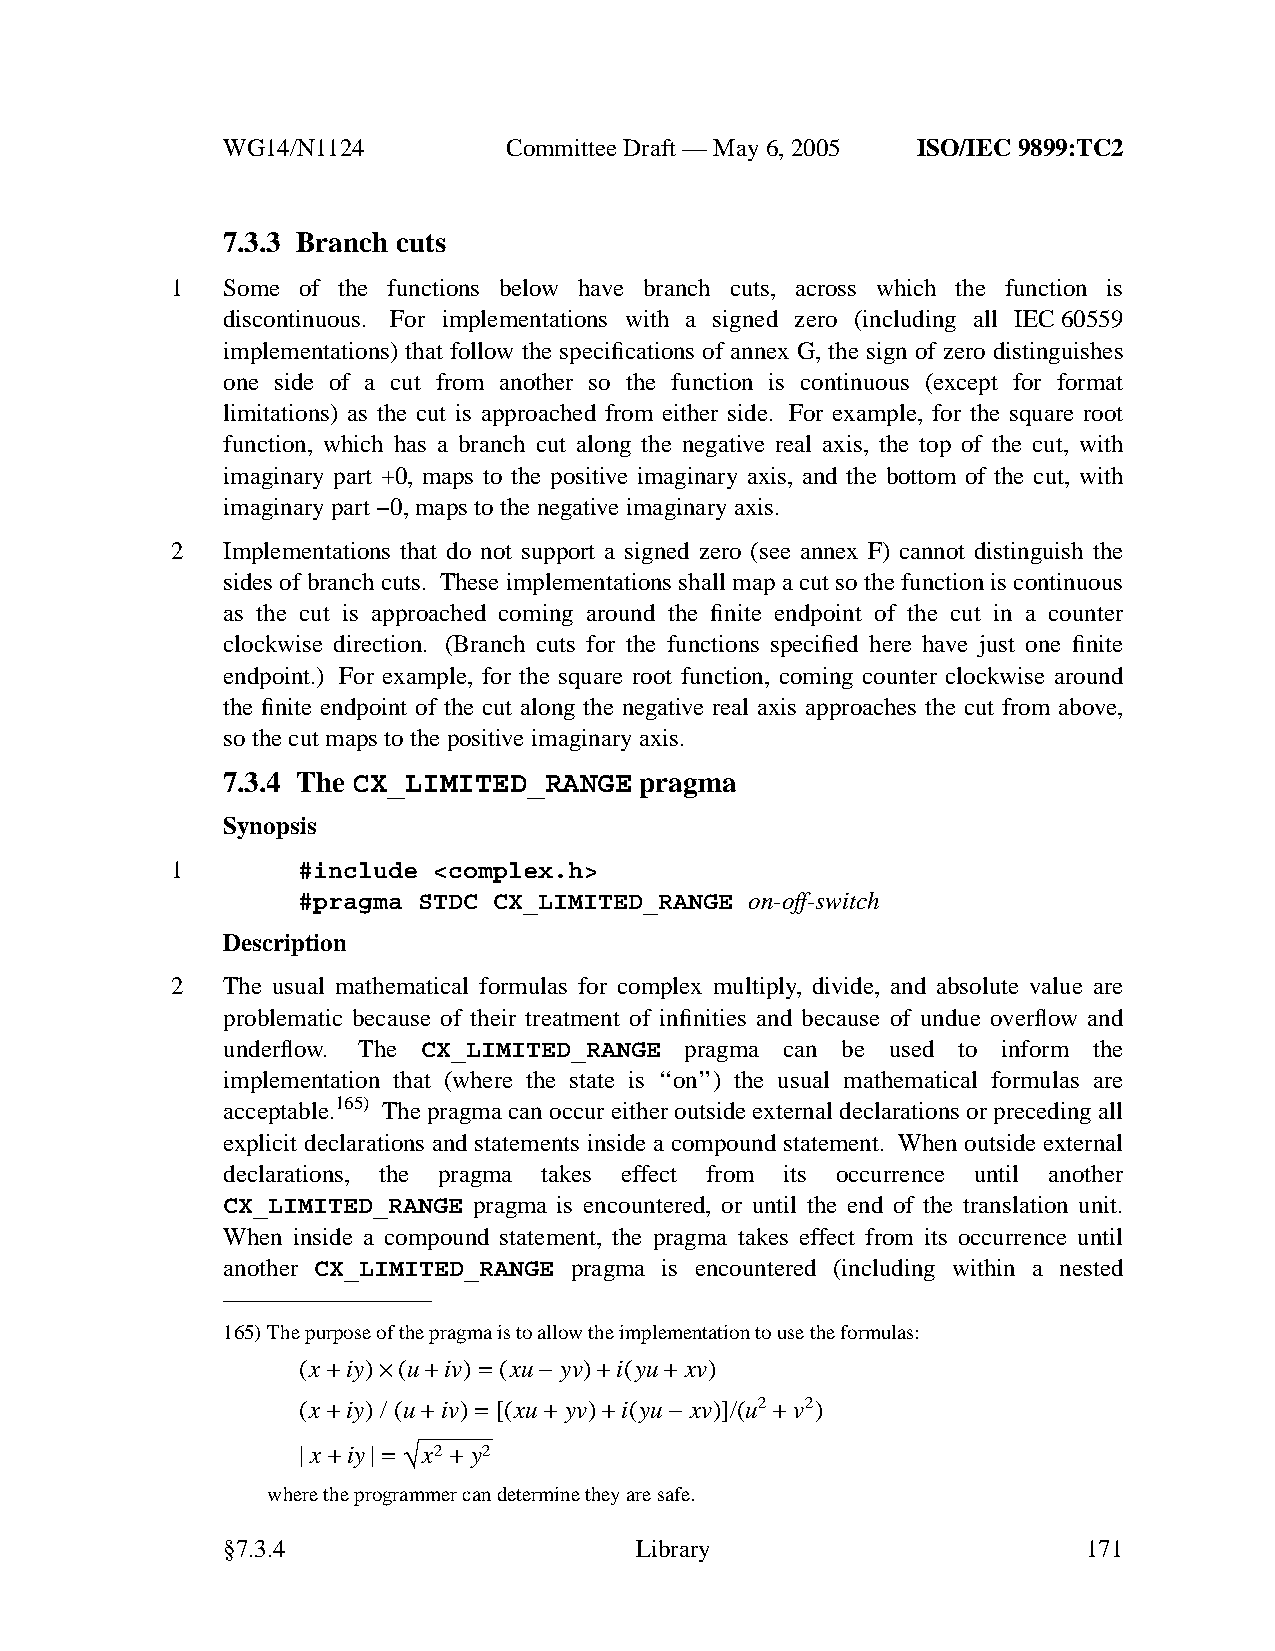
WG14/N1124        CommitteeDraft — May 6, 2005 ISO/IEC 9899:TC2
 7.3.3 Branch cuts
 1   Some of the functions below hav e branch cuts, across which the function is
 discontinuous. For implementations with a signed zero (including all IEC60559
 implementations) that follow the specifications of annex G, the sign of zero distinguishes
 one side of a cut from another so the function is continuous (except for format
 limitations) as the cut is approached from either side. For example, for the square root
 function, which has a branch cut along the negative real axis, the top of the cut, with
 imaginary part +0, maps to the positive imaginary axis, and the bottom of the cut, with
 imaginary part −0, maps to the negative imaginary axis.
 2   Implementations that do not support a signed zero (see annex F) cannot distinguish the
 sides of branch cuts. These implementations shall map a cut so the function is continuous
 as the cut is approached coming around the finite endpoint of the cut in a counter
 clockwise direction. (Branch cuts for the functions specified here have just one finite
 endpoint.) For example, for the square root function, coming counter clockwise around
 the finite endpoint of the cut along the negative real axis approaches the cut from above,
 so the cut maps to the positive imaginary axis.
 7.3.4 The CX_LIMITED_RANGE pragma
 Synopsis
 1        #include <complex.h>
 #pragma STDC CX_LIMITED_RANGE on-off-switch
 Description
 2   The usual mathematical formulas for complex multiply, divide, and absolute value are
 problematic because of their treatment of infinities and because of undue overflow and
 underflow. The CX_LIMITED_RANGE pragma can be used to inform the
 implementation that (where the state is ‘‘on’’) the usual mathematical formulas are
 acceptable.165) The pragma can occur either outside external declarations or preceding all
 explicit declarations and statements inside a compound statement. When outside external
 declarations, the pragma takes effect from its occurrence until another
 CX_LIMITED_RANGE pragma is encountered, or until the end of the translation unit.
 When inside a compound statement, the pragma takes effect from its occurrence until
 another CX_LIMITED_RANGE pragma is encountered (including within a nested
 165)The purpose of the pragma is to allowthe implementation to use the formulas:
 (x +iy)×(u+iv) = (xu− yv)+i(yu+ xv)
 (x +iy) / (u+iv) = [(xu+ yv)+i(yu− xv)]/(u2 +v2)
 |x +iy| = √⎯⎯ x⎯ 2⎯+⎯ y2
 where the programmer can determine theyare safe.
 §7.3.4                     Library                       171